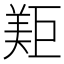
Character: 𱻐